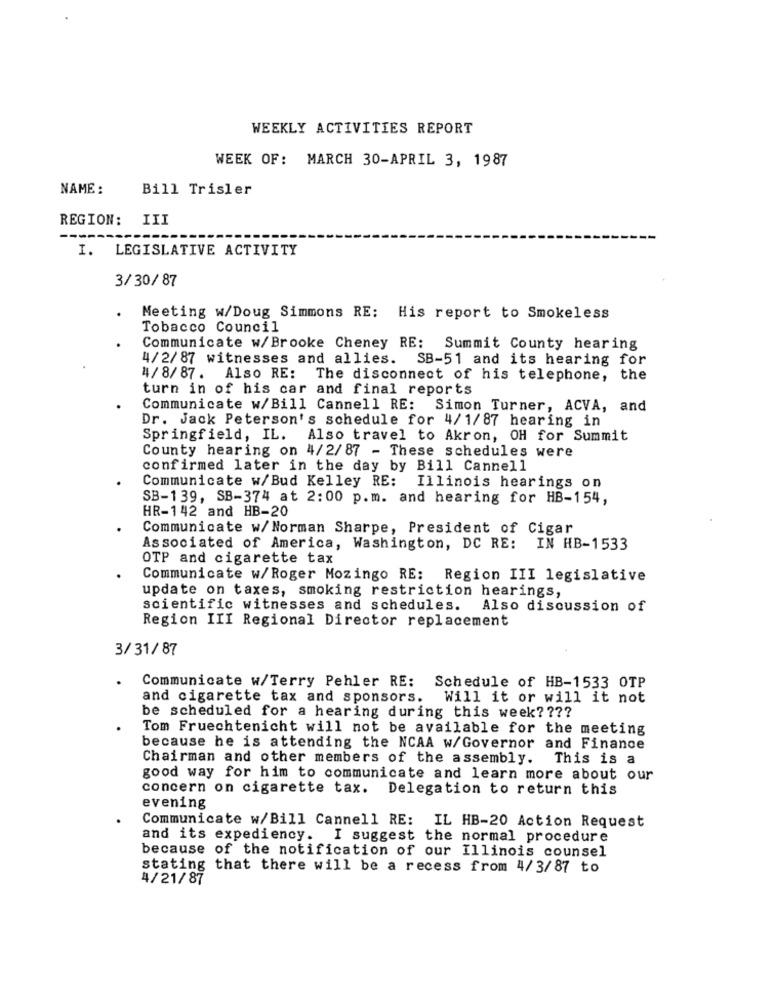
WEEKLY ACTIVITIES REPORT
WEEK OF: MARCH 30-APRIL 3, 1987
NAME:
Bill Trisler
REGION:
III
I. LEGISLATIVE ACTIVITY
3/ 30/87
Meeting w/Doug Simmons RE: His report to Smokeless
Tobacco Council
Communicate w/Brooke Cheney RE: Summit County hearing
4/2/87 witnesses and allies. SB-51 and its hearing for
4/8/87. Also RE: The disconnect of his telephone, the
turn in of his car and final reports
Communicate w/Bill Cannell RE: Simon Turner, ACVA, and
Dr. Jack Peterson's schedule for 4/1/87 hearing in
Springfield, IL. Also travel to Akron, OH for Summit
County hearing on 4/2/87 - These schedules were
confirmed later in the day by Bill Cannell
Communicate w/Bud Kelley RE: Illinois hearings on
SB-139, SB-374 at 2:00 p.m. and hearing for HB-154,
HR-142 and HB-20
Communicate w/ Norman Sharpe, President of Cigar
Associated of America, Washington, DC RE: IN HB-1533
OTP and cigarette tax
Communicate w/Roger Mozingo RE: Region III legislative
update on taxes, smoking restriction hearings,
scientific witnesses and schedules. Also discussion of
Region III Regional Director replacement
3/31/ 87
Communicate w/Terry Pehler RE:
Schedule of HB-1533 OTP
and cigarette tax and sponsors.
Will it or will it not
be scheduled for a hearing during this week? ???
Tom Fruechtenicht will not be available for the meeting
because he is attending the NCAA w/Governor and Finance
Chairman and other members of the assembly. This is a
good way for him to communicate and learn more about our
concern on cigarette tax. Delegation to return this
evening
Communicate w/Bill Cannell RE: IL HB-20 Action Request
and its expediency. I suggest the normal procedure
because of the notification of our Illinois counsel
stating that there will be a recess from 4/3/87 to
4/21/87